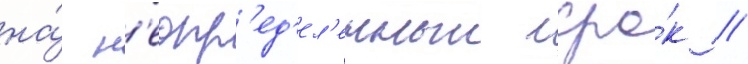
на́ н'еопр'ед'ел'енныи сро́к //